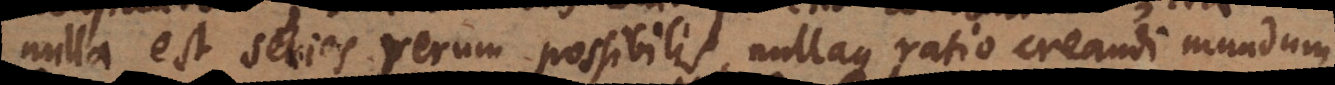
nulla est series rerum possibilis, nullaque ratio creandi mundu